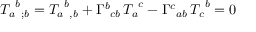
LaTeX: { T _ { a } } ^ { b } { } _ { ; b } = { T _ { a } } ^ { b } { } _ { , b } + { \Gamma ^ { b } } _ { c b } \, { T _ { a } } ^ { c } - { \Gamma ^ { c } } _ { a b } \, { T _ { c } } ^ { b } = 0